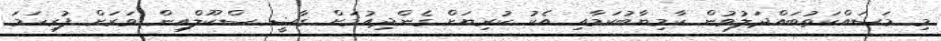
މި މަސައްކަތުބައްދަލުވުން ކާމިޔާބުކަމާއި އެކު ކުރިޔަށް ގެންދިއުމަށް ގާޟީ ސްކޫލްއިން ވަރަށް ފުރިހަމަ